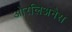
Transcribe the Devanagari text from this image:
ओरलिअनैस